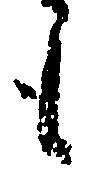
も